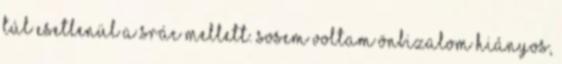
túl esetlenül a srác mellett. Sosem voltam önbizalom hiányos,